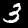
Digit: 3